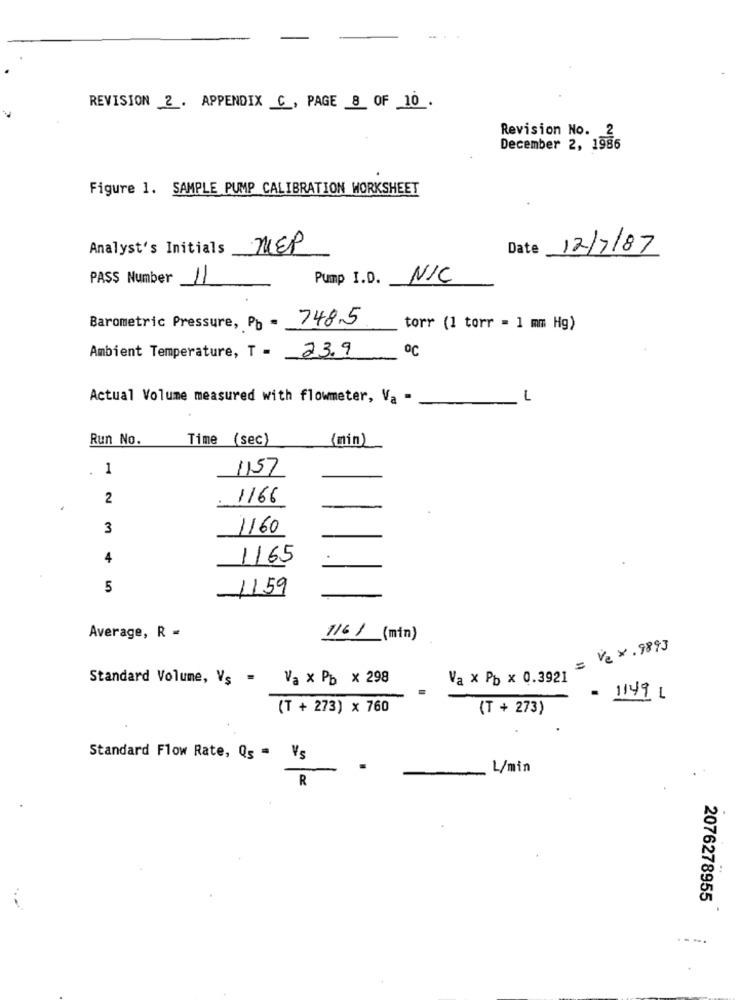
REVISION 2. APPENDIX C, PAGE 8 OF 10.
Revision No. 2
December 2, 1986
Figure 1. SAMPLE PUMP CALIBRATION WORKSHEET
Analyst's Initials
MEP
Date
12/7/87
PASS Number
11
Pump I .D .
NIC
Barometric Pressure, Pb - 748.5
torr (1 torr = 1 mm Hg)
Ambient Temperature, T = 23.9
Actual Volume measured with flowmeter, Va -
L
Run No.
Time (sec)
(min)
1
1157
2
1166
3
1160
4
1165
5
1159
Average, R =
1161 (min)
= V2 ×. 9893
Standard Volume, Vs = Va × Pb x 298
Va x Pb x 0.3921
- 1149 L
(T + 273) x 760
(T + 273)
Standard Flow Rate, Q = Vs
L/min
R
2076278955
.-...